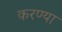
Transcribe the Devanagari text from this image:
करण्या